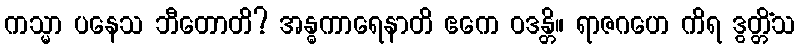
ကသ္မာ ပနေသ ဘီတောတိ? အန္ဓကာရေနာတိ ဧကေ ဝဒန္တိ။ ရာဇဂဟေ ကိရ ဒွတ္တိံသ